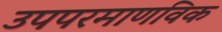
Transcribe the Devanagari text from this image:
उपपरमाणविक